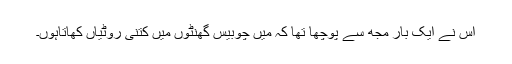
اس نے ایک بار مجھ سے پوچھا تھا کہ میں چوبیس گھنٹوں میں کتنی روٹیاں کھاتاہوں۔